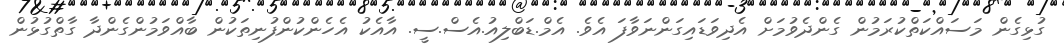
ގުޅިގެން މަސައްކަތްކުރަމުން ގެންދެވުމަށް އެދިވަޑައިގަންނަވާފަ އެވެ. އެމް.ޑަބްލިއު.އެސް.ސީ. އާއެކު އެހެންކުންފުނިތަކުން ބާއްވަމުންގެންދާ ގާތްގުޅުން